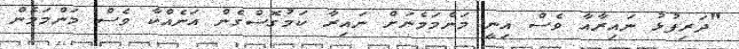
"ދަރިފުޅު ނައިރާއާ ވެސް އިނީ މަންމަމެނަށް ނައިރާ ކަމުގޮސްގެން އަނެއްކާ ވެސް މަންމަމެން